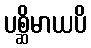
ပစ္ဆိမာယပိ